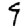
Digit: 9